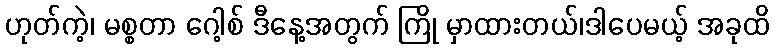
ဟုတ်ကဲ့၊ မစ္စတာ ဂေါ့စ် ဒီနေ့အတွက် ကြို မှာထားတယ်၊ဒါပေမယ့် အခုထိ